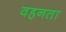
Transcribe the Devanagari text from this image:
वहनता